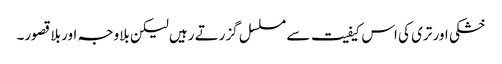
خشکی اور تری کی اس کیفیت سے مسلسل گزرتے رہیں لیکن بلاوجہ اور بلا قصور۔